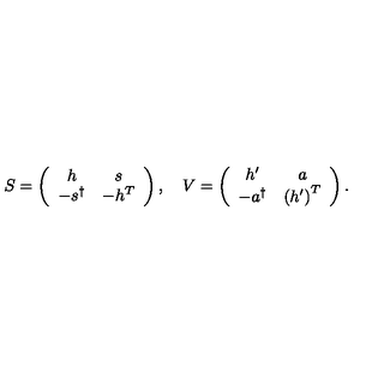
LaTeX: S = \left( \begin{array} { c c } { h } & { s } \\ { - s ^ { \dagger } } & { - h ^ { T } } \\ \end{array} \right) , \quad V = \left( \begin{array} { c c } { h ^ { \prime } } & { a } \\ { - a ^ { \dagger } } & { \left( h ^ { \prime } \right) ^ { T } } \\ \end{array} \right) .